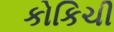
કોકિચી